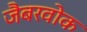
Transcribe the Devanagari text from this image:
जैबरवोक